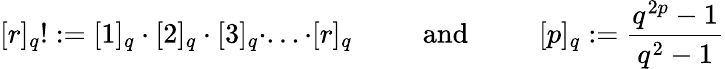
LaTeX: [r]_{q}!:=[1]_{q}\cdot[2]_{q}\cdot[3]_{q}\cdot...\cdot[r]_{q}\mathrm{~\qquad~and~\qquad~}[p]_{q}:=\frac{q^{2p}-1}{q^{2}-1}